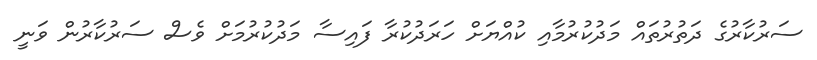
ސަރުކާރުގެ ދަތުރުތައް މަދުކުރުމާއި ކުއްޔަށް ހަރަދުކުރާ ފައިސާ މަދުކުރުމަށް ވެސް ސަރުކާރުން ވަނީ